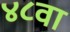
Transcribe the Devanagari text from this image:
४८वा